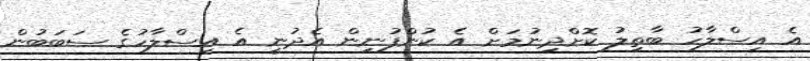
އެ އިސްލާހު ބާތިލު ކޮށްދިނުމަށް އެ ކުންފުނިން އެދުނީ އެ އިސްލާހުގެ ސަބަބުން